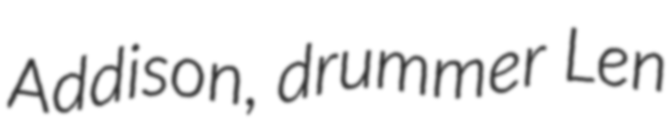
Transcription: Addison, drummer Len